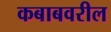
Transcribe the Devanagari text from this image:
कबाबवरील